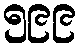
၅၉၉